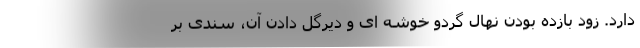
دارد. زود بازده بودن نهال گردو خوشه ‌­ای و دیرگل دادن آن، سندی بر